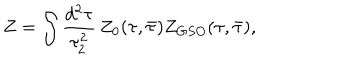
LaTeX: Z = \int \frac { d ^ { 2 } \tau } { \tau _ { 2 } ^ { 2 } } \, Z _ { 0 } ( \tau , \bar { \tau } ) Z _ { G S O } ( \tau , \bar { \tau } ) ,